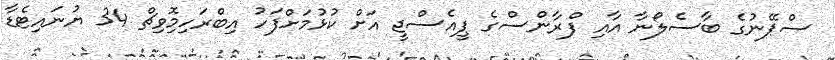
ސްޕޭނުގެ ބާސެލޯނާ އާއި ފްރާންސްގެ ޕީއެސްޖީ އަށް ކުޅުމަށްފަހު އިބްރަހިމިޮވިޗް 34 ޔުނައިޓެޑާ